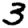
Digit: 3